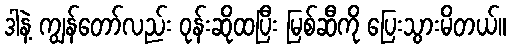
ဒါနဲ့ ကျွန်တော်လည်း ဝုန်းဆိုထပြီး မြစ်ဆီကို ပြေးသွားမိတယ်။